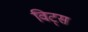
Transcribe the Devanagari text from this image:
विट्स